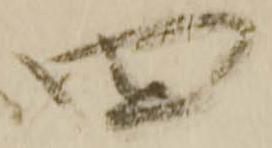
四